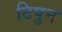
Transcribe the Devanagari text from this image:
टिपुन